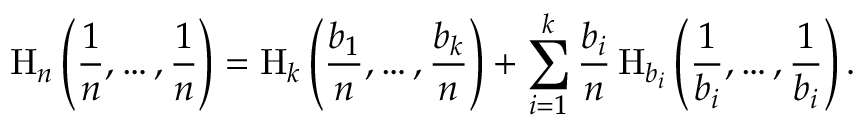
\mathrm { H } _ { n } \left( { \frac { 1 } { n } } , \ldots , { \frac { 1 } { n } } \right) = \mathrm { H } _ { k } \left( { \frac { b _ { 1 } } { n } } , \ldots , { \frac { b _ { k } } { n } } \right) + \sum _ { i = 1 } ^ { k } { \frac { b _ { i } } { n } } \, \mathrm { H } _ { b _ { i } } \left( { \frac { 1 } { b _ { i } } } , \ldots , { \frac { 1 } { b _ { i } } } \right) .